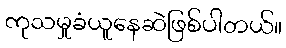
ကုသမှုခံယူနေဆဲဖြစ်ပါတယ်။